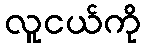
လူငယ်ကို